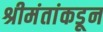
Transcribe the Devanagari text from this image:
श्रीमंतांकडून